Report on enteric fever
Disease focus: Fever
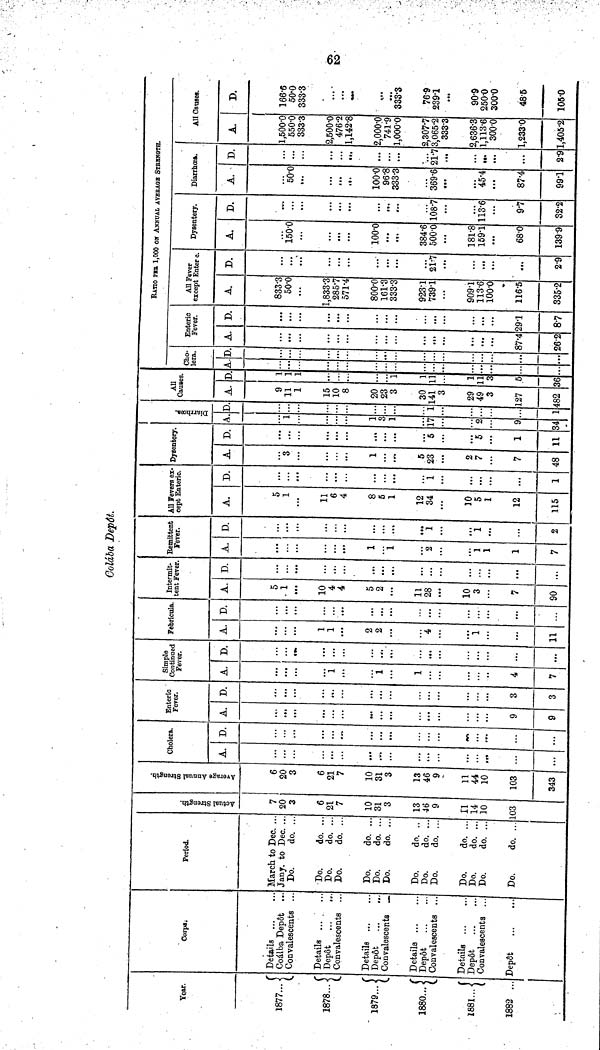
62
Colába Depôt.
Year.
1877...
1878...
1879...
1880.
1881...
1882 ...
Corps.
Details
Coálba Depot ..
Convalescents ..
Details
Depôt
...
Convalescents ..
Details ...
Depot
Convalescents ...
Details ...
Depot
Convalescents ...
Details ...
Depôt
Convalescents ...
Depôt
Period.
March to Dec. ..
Jany. to Dec. ..
Do.
do. ..
Do.
do. ..
Do.
do. ..
Do.
do. ..
Do.
do. ..
Do.
do. ...
Do.
do. ...
Do.
do. ..
Do.
do. ...
Do.
do. ...
Do.
do. ...
Do.
do. ...
Do.
do. ...
Do.
do. ...
Actual Strength.
7
20
3
21
7
10
31
3
13
46
9
11
14
10
103
Average Annual Strength.
6
20
3
6
21
7
10
31
3
13
46
9
11
44
10
103
343
Cholera.
A.
...
...
D.
...
Enteric
Fever.
A.
9
9
D.
3
3
Simple
Continued
Fever.
A.
1
1
1
4
7
D.
...
...
...
Febrícula.
A.
1
1
2
2
4
1
...
11
D.
...
...
...
...
...
...
...
Intermit-
tent Fever.
A.
5
1
10
4
4
5
2
11
28
10
3
7
90
D.
...
...
.>.
...
...
...
...
...
...
...
Remittent
Fever.
A.
. . .
...
1
...
1
...
2
...
1
1
1
7
D.
...
...
...
...
...
...
...
...
1
...
1
«>.
...
2
All Fevers ex-
cept Enteric
A.
5
1
11
6
4
8
fi
1
12
34
10
5
1
12
115
D.
...
...
...
1
...
...
...
1
Dysentery.
A.
3
1
5
23
2
7
7
48
D.
...
...
...
5
6
1
11
Diarrhoea.
A.
i
1
1
17
2
9
34
D.
...
1
1
All
Causes.
A.
9
11
1
15
10
8
20
23
3
30
141
3
29
49
3
127
482
D.
1
1
1
1
1
11
1
ii
3
5
36
Cho-
lera.
A.
...
...
...
.•
D.
...
...
...
Enteric
Fever.
A.
...
87.4
26.2
D.
...
...
291
87
RATIO PER 1,000 ON ANNUAL AVERAGE STRENGTH.
All Fever
except Enter c.
A.
833.3
50.0
1,833.3
285.7
571.4
800.0
161.3
333.3
923.1
739.1
909.1
113.6
100.0
116.5
335.2
D.
...
...
...
...
21.7
...
...
...
2.9
Dysentery.
A.
150.0
100.0
...
...
384.6
500.0
181.8
1591
68.0
139.9
D.
...
...
...
108.7
113.6
97
32.2
Diarrhoea.
A.
50.0
100.0
96.8
333.3
369*6
45 4
87.4
991
D.
...
...
...
...
...
21.7
...
...
...
2.9
All Causes.
A.
1,500.0
550.0
333.3
2,500.0
476.2
1,142.8
2,000.0
741.9
1,000.0
2,307.7
3,065.2
333.3
2,636.3
1,113.6
300.0
1,233.0
1,405.2
D.
166.6
50.0
333.3
...
...
...
...
333.3
76.9
239.1
90.9
250.0
300.0
48.5
105.0